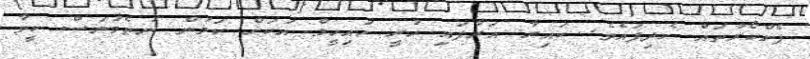
ފެންކޯރުތައް ހެދިފައެވެ. ކައިރާ އަރާފައި ހުރީ ހައިހީލް އަކަށް ކަމުން ނުތެމުނަސް ކީވާ